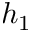
h _ { 1 }